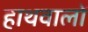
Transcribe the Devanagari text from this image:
हाथवालों